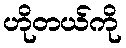
ဟိုတယ်ကို